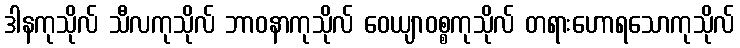
ဒါနကုသိုလ် သီလကုသိုလ် ဘာဝနာကုသိုလ် ဝေယျာဝစ္စကုသိုလ် တရားဟောရသောကုသိုလ်